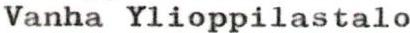
Vanha Ylioppilastalo